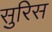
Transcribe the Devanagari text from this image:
सुरिस